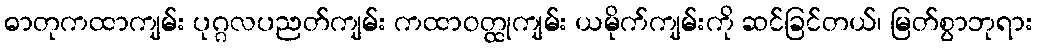
ဓာတုကထာကျမ်း ပုဂ္ဂလပညတ်ကျမ်း ကထာဝတ္ထုကျမ်း ယမိုက်ကျမ်းကို ဆင်ခြင်တယ်၊ မြတ်စွာဘုရား